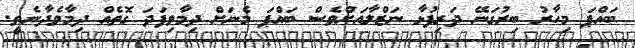
ބައްޕަ މިހާރު ބިރުގަނޭ ދަރިފުޅާ ނަޒްލާއަށްވެސް ބައްޕަ މެނަށް ދިމާވިފަދަ ގޮތެއް ދިމާވެދާނެތީ.